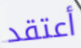
أعتقد